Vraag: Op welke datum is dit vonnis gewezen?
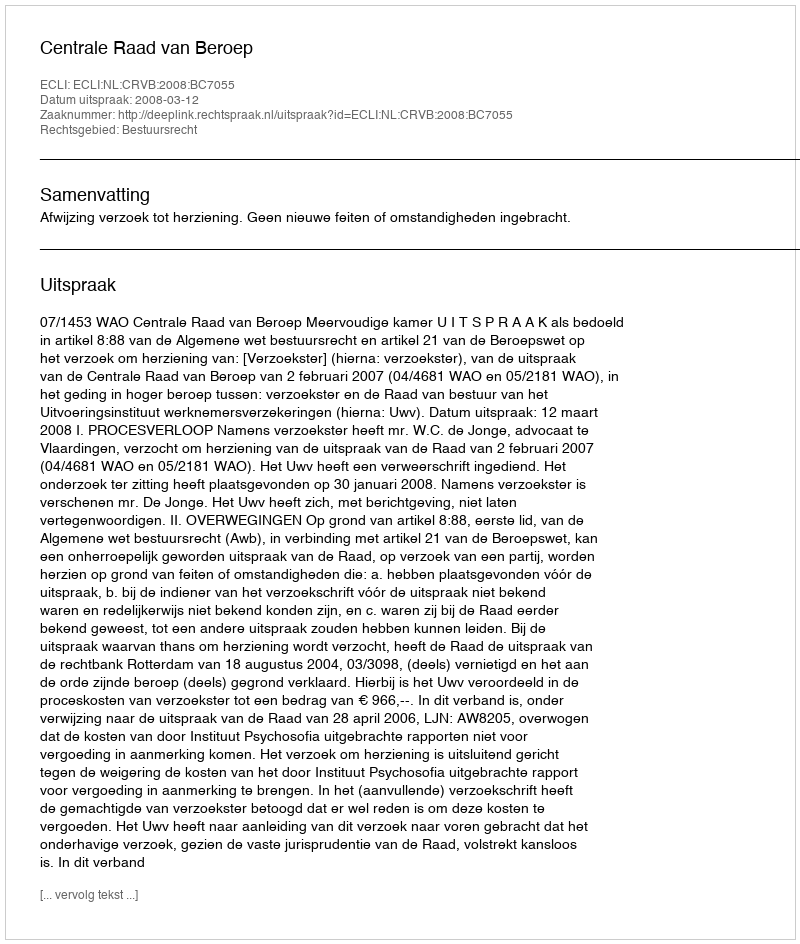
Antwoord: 2008-03-12